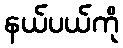
နယ်ပယ်ကို